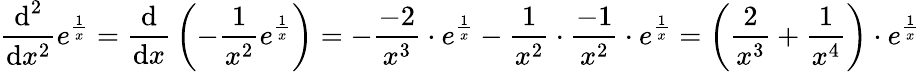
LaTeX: {\frac{{\textrm{d}}^{2}}{{\textrm{d}}x^{2}}}e^{\frac{1}{x}}={\frac{\textrm{d}}{{\textrm{d}}x}}\left(-{\frac{1}{x^{2}}}e^{\frac{1}{x}}\right)=-{\frac{-2}{x^{3}}}\cdot e^{\frac{1}{x}}-{\frac{1}{x^{2}}}\cdot{\frac{-1}{x^{2}}}\cdot e^{\frac{1}{x}}=\left({\frac{2}{x^{3}}}+{\frac{1}{x^{4}}}\right)\cdot e^{\frac{1}{x}}